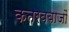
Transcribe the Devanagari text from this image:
कतरबबाजों